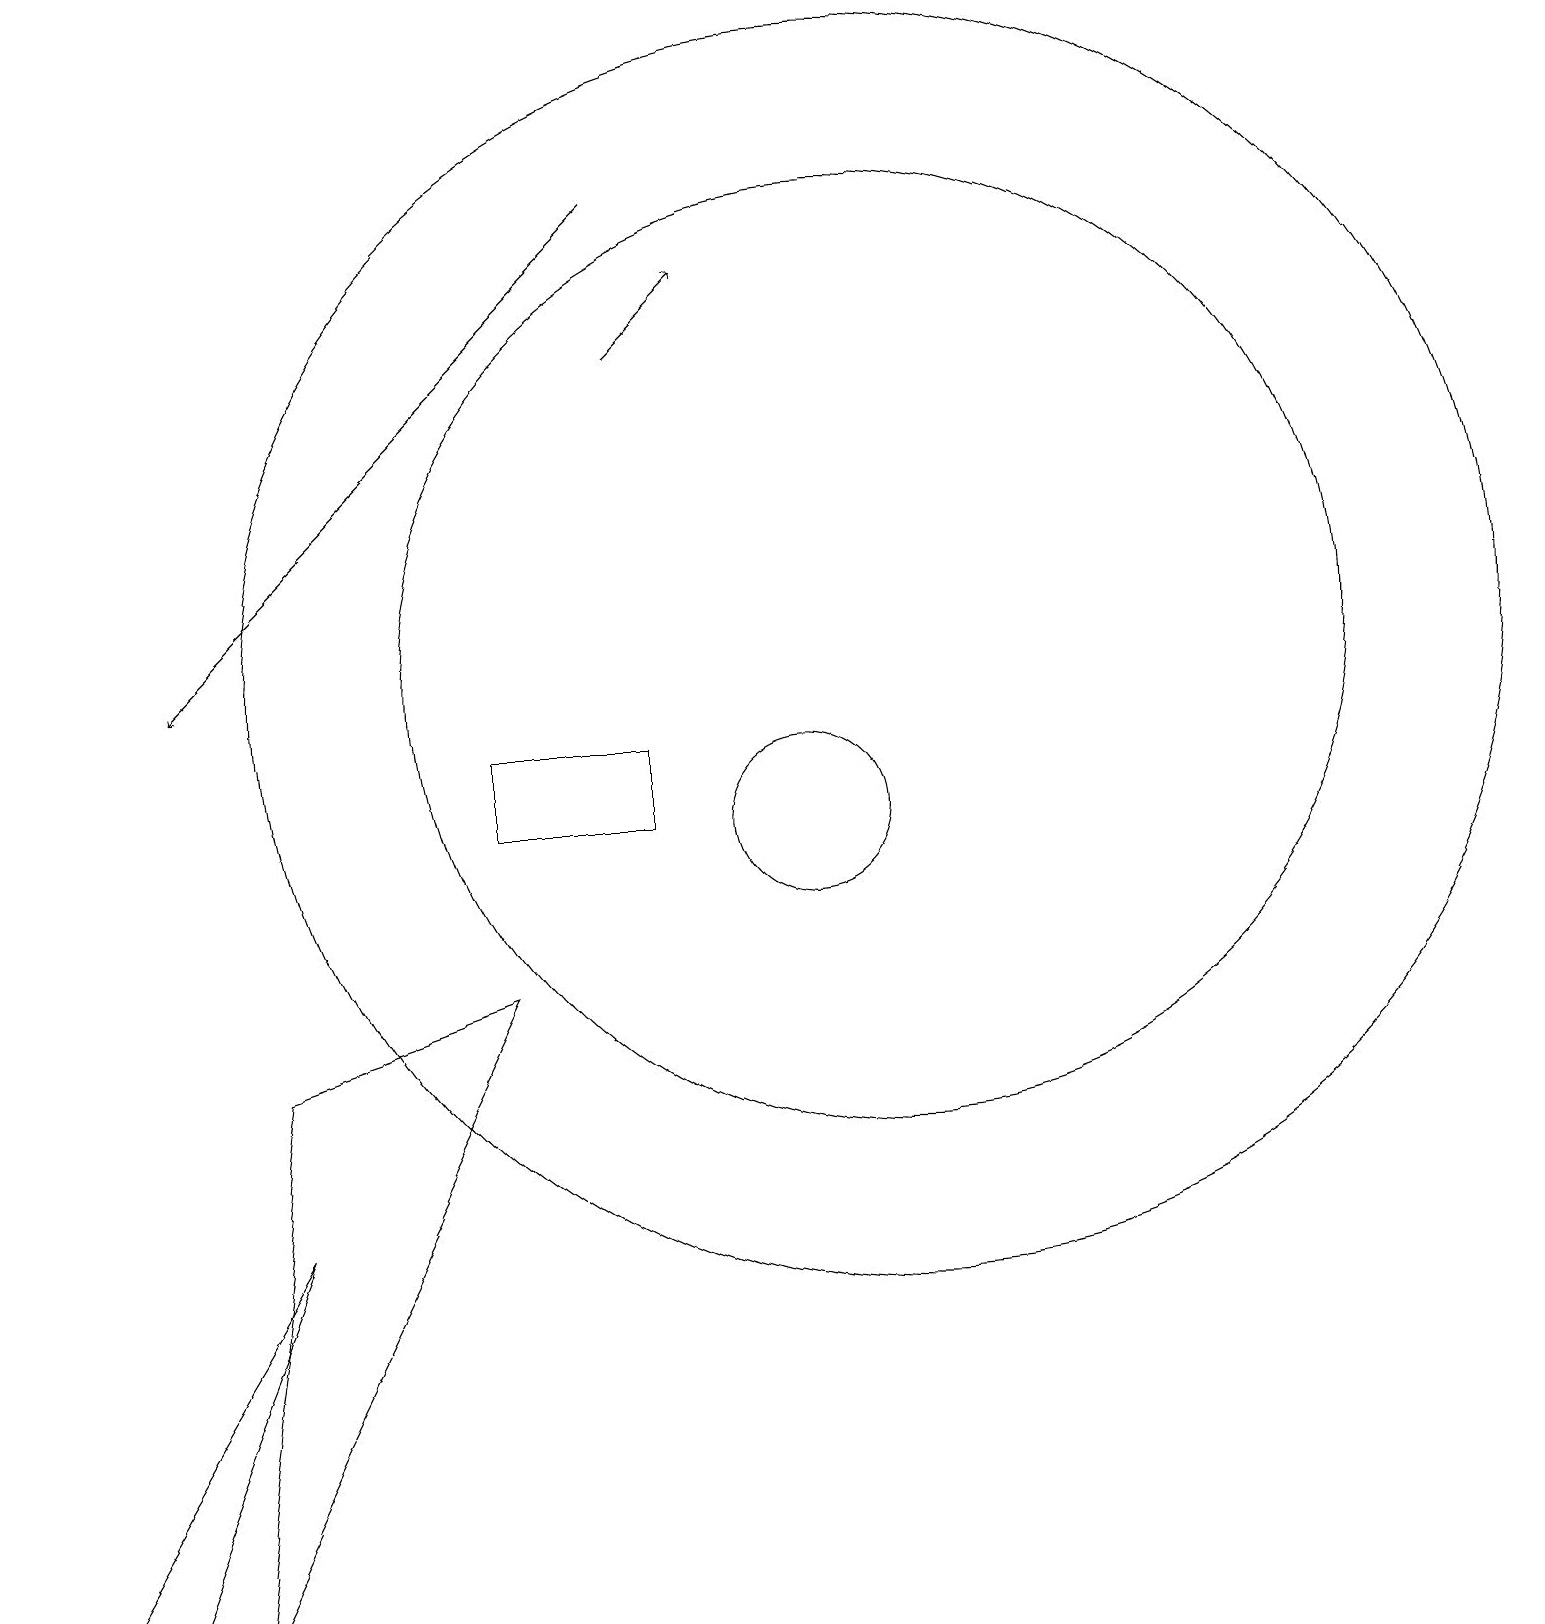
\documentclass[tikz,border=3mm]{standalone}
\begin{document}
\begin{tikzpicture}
\draw (10,10) circle (1);
\draw (6,10) rectangle (8,11);
\draw[->] (8,16) -- (9,17);
\draw[->] (8,18) -- (2,12);
\draw (6,8) -- (2,0) -- (3,7) -- cycle;
\draw (11,12) circle (6);
\draw (0,0) -- (1,0) -- (3,5) -- cycle;
\draw (11,12) circle (8);
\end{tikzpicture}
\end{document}